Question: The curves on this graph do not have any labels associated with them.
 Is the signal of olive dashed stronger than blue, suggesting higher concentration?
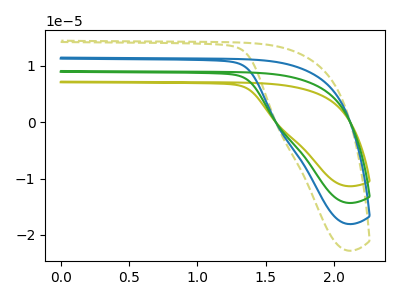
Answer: <think>The olive curve "olive" has no peaks. The olive dashed curve "olive dashed" has no peaks. The blue curve "blue" has no peaks. The green curve "green" has no peaks.
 Neither "olive dashed" or "blue" have any peaks.</think>
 <answer>I cant tell if "olive dashed" or "blue" has higher concentration.</answer>
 <eval>mixed_concentration</eval>